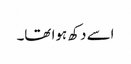
اسے دکھ ہوا تھا۔